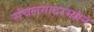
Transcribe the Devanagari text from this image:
संचलनादरम्यान